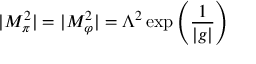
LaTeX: | M _ { \pi } ^ { 2 } | = | M _ { \varphi } ^ { 2 } | = \Lambda ^ { 2 } \exp \left( \frac { 1 } { | g | } \right)